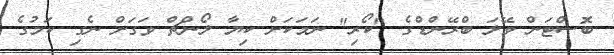
ބޮސްޓަން ވޭލަ ބްރޭންޑްގެ "ކޯރި" ނަމަކަށް ކިޔާ ލޯންޗް ވަގަށް ނެގި ކަމުގެ